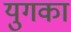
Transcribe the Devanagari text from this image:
युगका